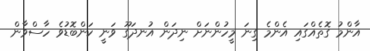
އާންމު ގޮތެއްގައި އެންމެ ގިނަ މީހުންނަށް ނިދަން އުނދަގޫ ވަނީ ކަންބޮޑުވެ ހާސްވާން